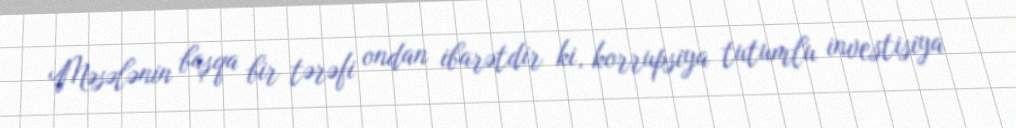
Məsələnin başqa bir tərəfi ondan ibarətdir ki, korrupsiya tutumlu investisiya